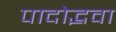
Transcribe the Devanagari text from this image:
पादोद्भवा